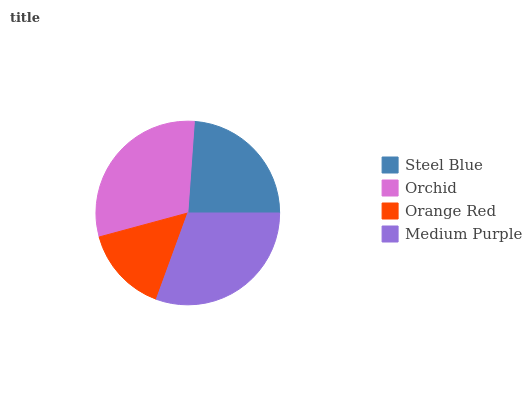
| Steel Blue | Orchid | Orange Red | Medium Purple |
 | --- | --- | --- | --- |
 | 23.9% | 30.4% | 15.2% | 30.5% |